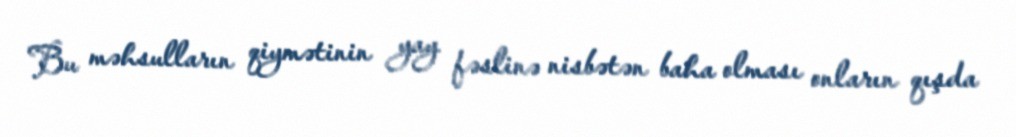
Bu məhsulların qiymətinin yay fəslinə nisbətən baha olması onların qışda